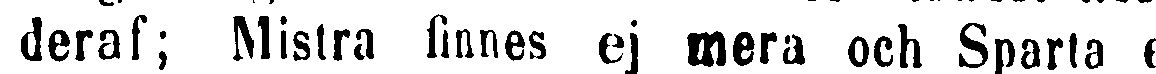
deraf; Mistra finnes ej mera och Sparta ej